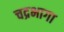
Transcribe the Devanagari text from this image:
चद्रभागा